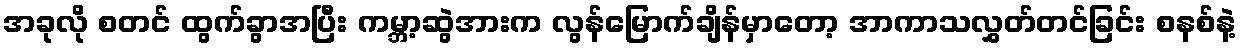
အခုလို စတင် ထွက်ခွာအပြီး ကမ္ဘာ့ဆွဲအားက လွန်မြောက်ချိန်မှာတော့ အာကာသလွှတ်တင်ခြင်း စနစ်နဲ့